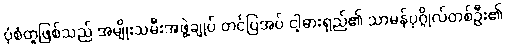
ပုံစံတူဖြစ်သည် အမျိုးသမီးအဖွဲ့ချုပ် တင်ပြအပ် ငါ့ဓားရှည်၏ သာမန်ပုဂ္ဂိုလ်တစ်ဦး၏